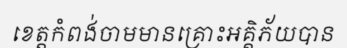
ខេត្តកំពង់ចាមមានគ្រោះអគ្គិភ័យបាន